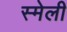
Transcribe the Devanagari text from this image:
स्मेली